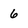
Character: 6